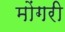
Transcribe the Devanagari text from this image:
मोंगरी